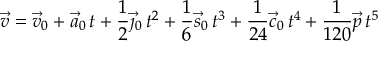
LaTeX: { \vec { v } } = { \vec { v } } _ { 0 } + { \vec { a } } _ { 0 } \, t + { \frac { 1 } { 2 } } { \vec { \jmath } } _ { 0 } \, t ^ { 2 } + { \frac { 1 } { 6 } } { \vec { s } } _ { 0 } \, t ^ { 3 } + { \frac { 1 } { 2 4 } } { \vec { c } } _ { 0 } \, t ^ { 4 } + { \frac { 1 } { 1 2 0 } } { \vec { p } } \, t ^ { 5 }